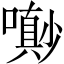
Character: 𡂌